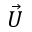
\vec { U }